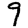
Digit: 9